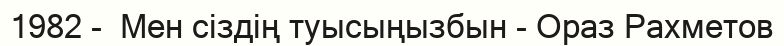
1982 -  Мен сіздің туысыңызбын - Ораз Рахметов